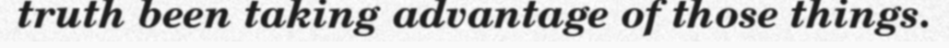
truth been taking advantage of those things.